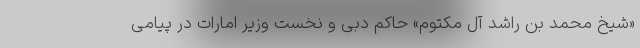
«شیخ محمد بن راشد آل مکتوم» حاکم دبی و نخست وزیر امارات در پیامی